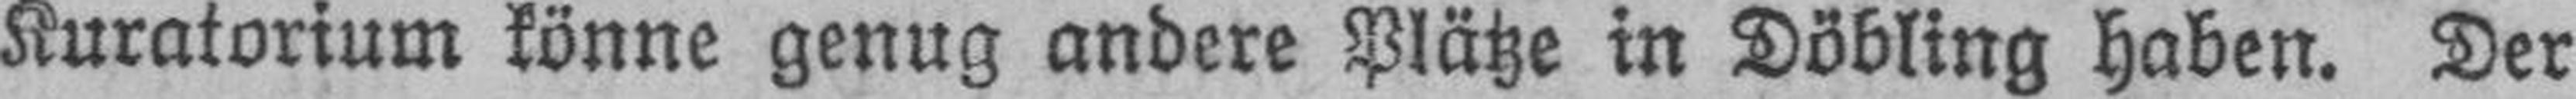
Kuratorium könne genug andere Plätze in Döbling haben. Der